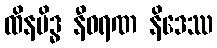
ထိနမိဒ္ဓ နီဝရဏ နိဒေဿ